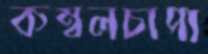
কম্বলচাপা